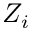
Z _ { i }